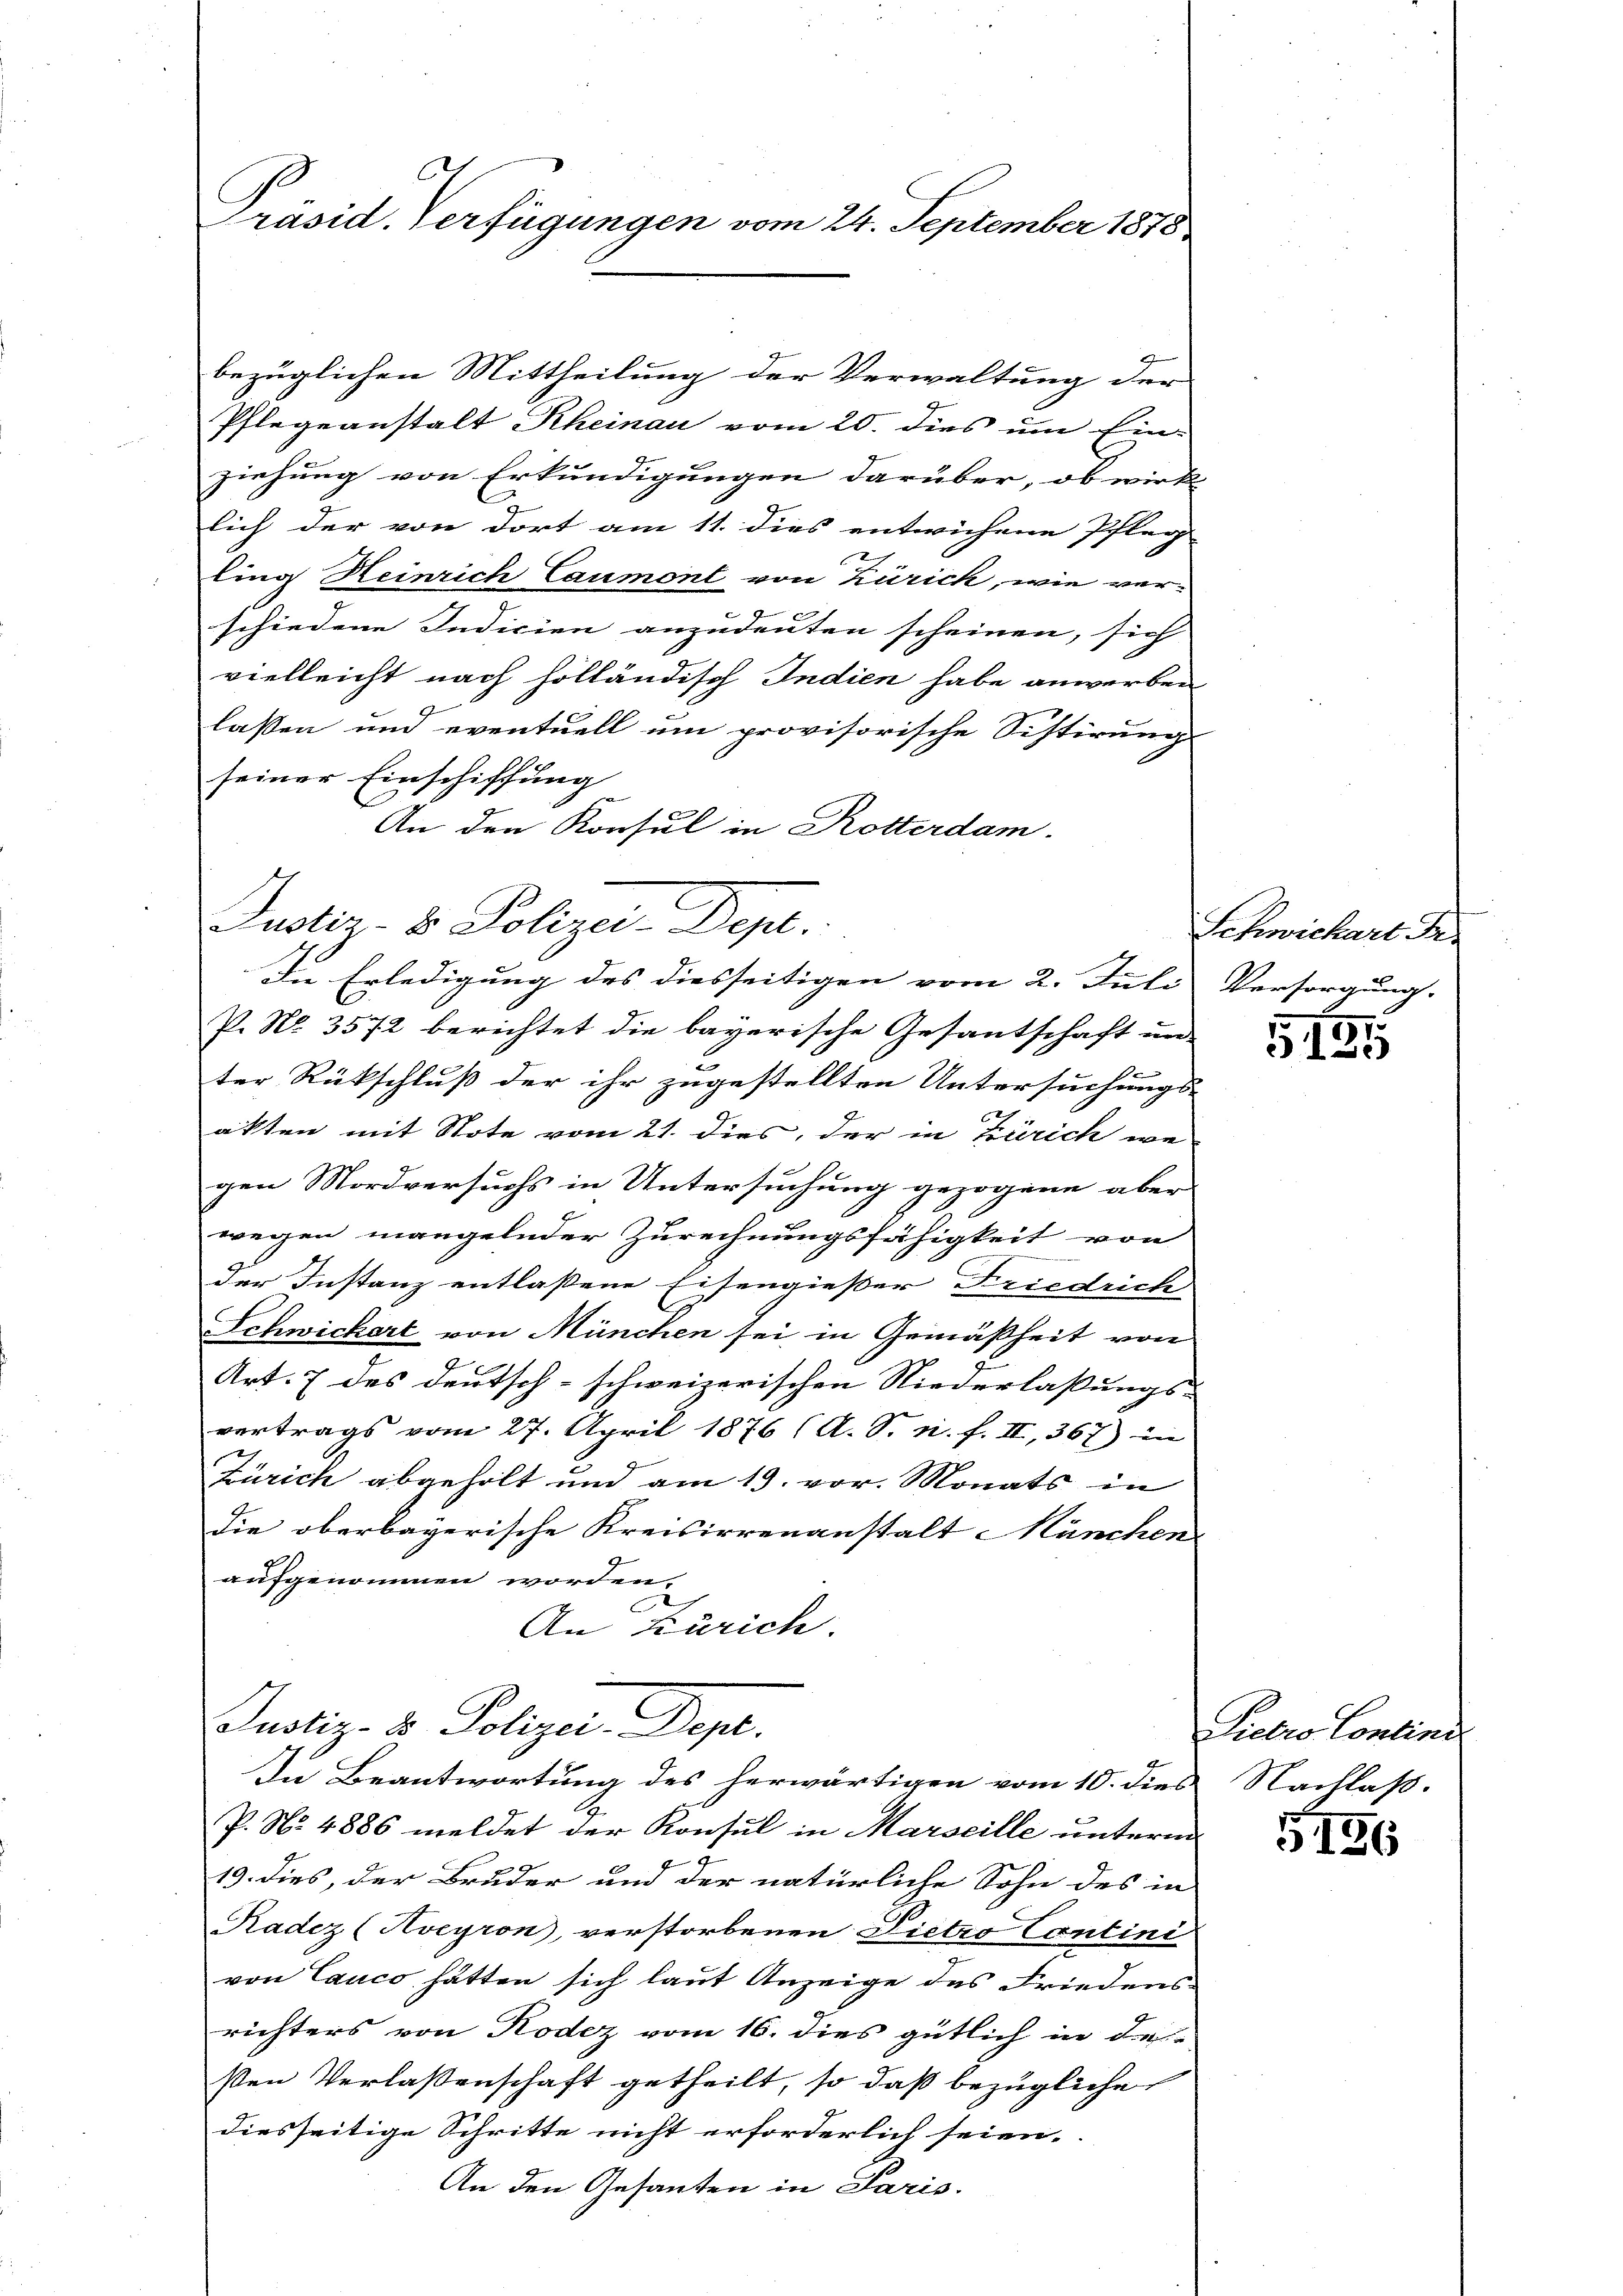
.
Präsid. Verfügungen vom 24. September 1878

bezüglichen Mittheilung der Verwaltung der
Pflegeanstalt Rheinau vom 20. dies um Ein-
ziehung von Erkundigungen darüber, ob wirk-
lich der von dort am 11. dies entwichene Pfleg
ling Heinrich Laumont von Zürich, wie ver-
schiedene Indicien anzudeuten scheinen, sich
vielleicht nach holländisch Indien habe anwerben
lassen und eventuell um provisorische Sistirung
seiner Einschiffung
An den Konsul in Rotterdam.
In Erledigung des diesseitigen vom 2. Juli
P. Nr. 3572 berichtet die bayerische Gesantschaft un
ter Rückschluß der ihr zugestellten Untersuchungs-
akten mit Note vom 21. dies, der in Zürich we
gen Mordversuchs in Untersuchung gezogene aber
wegen mangelnder Zurechnungsfähigkeit von
der Instanz entlassene Eisengießer Friedrich
Schwichert von München sei in Gemäßheit von
E
Art. 7 des deutsch-schweizerischen Niederlassungs-
vertrags vom 27. April 1876 (A. S. n. F. II, 367) in |
Zürich abgeholt und am 19. vor. Monats in
die oberbayerische Kreisirrenanstalt München
aufgenommen worden.
An Zürich.
Justiz- & Polizei Depe.
In Beantwortung des herwärtigen vom 10. dies
P. N. 4886 meldet der Konsul in Marseille unterm
19. dies, der Bruder und der natürliche Sohn des in
Radez (Aveyron, verstorbenen Dietro Contini
von Canco hätten sich laut Anzeige des Friedensrichters von Rodez vom 16. dies gütlich in de
ßen Verlassenschaft getheilt, so daß bezügliche
diesseitige Schritte nicht erforderlich seien.
An den Gesanten in Paris.

Justiz & Polizei. Dept.

Schwichart Fr.
Versorgung.

11
5125

Pietro Contini
Nachlaß.

5156